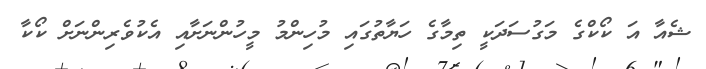
ޝެއާ އަ ކޯކްގެ މަގުސަދަކީ ތިމާގެ ހަޔާތުގައި މުހިންމު މީހުންނަށާއި އެކުވެރިންނަށް ކޯކާ